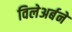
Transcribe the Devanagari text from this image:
विलेअर्बने